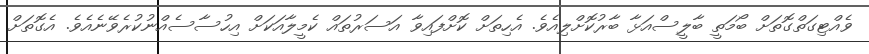
ވެއްޓިގަތްގޮތަށް ބޯމަތީ ބާލީސްއަޅާ ބާރުކޮށްލިއެވެ. އެހިތަށް ކޮށްފައިވާ އަސަރުތައް ކެމީލާއަކަށް އިހުސާސެއްނުކުރެވޭނެއެވެ. އެގޮތަށް